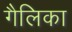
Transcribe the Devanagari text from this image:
गैलिका